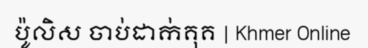
ប៉ូលិស ចាប់ដាក់គុគ | Khmer Online